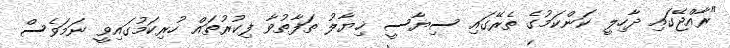
"ރާއްޖޭގައި ދާހިލީ ކަންކަމުގެ ތެރޭގައި ސިޔާސީ ޚިޔާލު ތަފާތުވާ ފިކުރުތައް ހުރިކަމުގައިވީ ނަމަވެސް